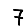
Digit: 7